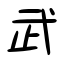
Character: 武